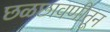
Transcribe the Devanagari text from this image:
छळछावणीतून